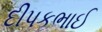
દીપકભાઈ